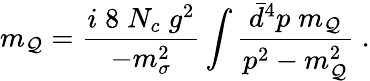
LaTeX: m_{\mathcal{Q}}={\frac{{i\; 8\; N_{c}\; g^{2}}}{{-m_{\sigma}^{2}}}}\int{\frac{{\bar{{d}}^{4}p\; m_{\mathcal{Q}}}}{{p^{2}-m_{\mathcal{Q}}^{2}}}}\; .